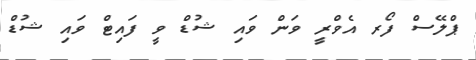
ޕްލޭސް ފޯރ އެވްރީ ވަން ވައި ޝުޑް ވީ ފައިޓް ވައި ޝުޑް